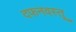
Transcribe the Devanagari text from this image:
दफनवस्तू